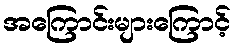
အကြောင်းများကြောင့်